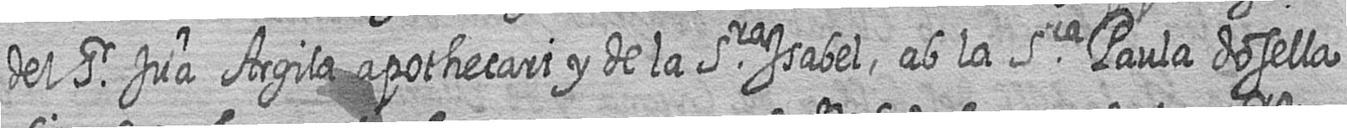
del Sr Jua Argila apothecari y de la Sra Isabel ab la Sra Paula dosella